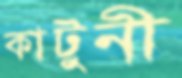
কাটুনী